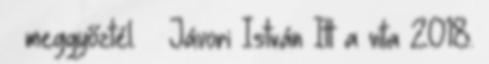
– meggyőztél. – Jávori István Itt a vita 2018.